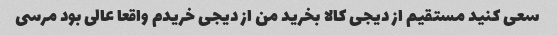
سعی کنید مستقیم از دیجی کالا بخرید من از دیجی خریدم واقعا عالی بود مرسی